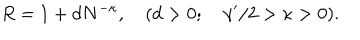
R = 1 + d N ^ { - \kappa } , \quad ( d > 0 ; \quad { \gamma ^ { \prime } } / 2 > \kappa > 0 ) .